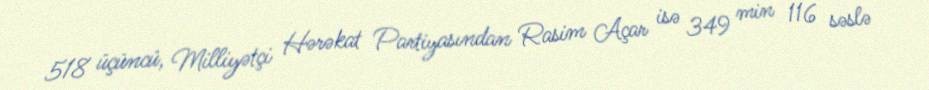
518 üçüncü, Milliyətçi Hərəkat Partiyasından Rasim Açar isə 349 min 116 səslə